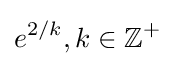
e^{2/k},k\in \mathbb {Z} ^{+}